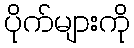
ပိုက်များကို